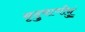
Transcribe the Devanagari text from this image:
मृदुवाणीनुं